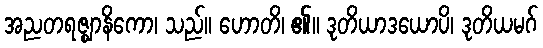
အညတရဇ္ဈာနိကော၊ သည်။ ဟောတိ၊ ၏။ ဒုတိယာဒယောပိ၊ ဒုတိယမဂ်